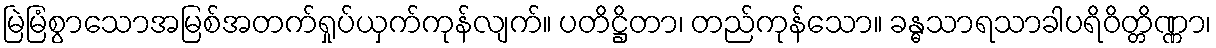
မြဲမြံစွာသောအမြစ်အတက်ရှုပ်ယှက်ကုန်လျက်။ ပတိဋ္ဌိတာ၊ တည်ကုန်သော။ ခန္ဓသာရသာခါပရိဝိတ္တိဏ္ဏာ၊